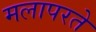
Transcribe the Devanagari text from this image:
मलापरते